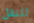
للنقل